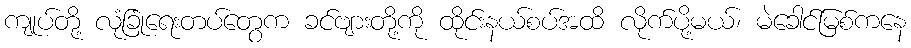
ကျုပ်တို့ လုံခြုံရေးတပ်တွေက ခင်ဗျားတို့ကို ထိုင်းနယ်စပ်အထိ လိုက်ပို့မယ်၊ မဲခေါင်မြစ်ကနေ